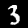
Digit: 3